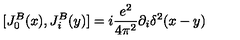
[ J _ { 0 } ^ { B } ( x ) , J _ { i } ^ { B } ( y ) ] = i { \frac { e ^ { 2 } } { 4 \pi ^ { 2 } } } \partial _ { i } \delta ^ { 2 } ( x - y )